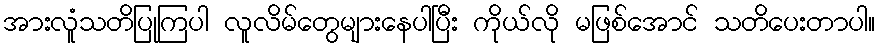
အားလူံသတိပြုကြပါ လူလိမ်တွေများနေပါပြီး ကိုယ်လို မဖြစ်အောင် သတိပေးတာပါ။